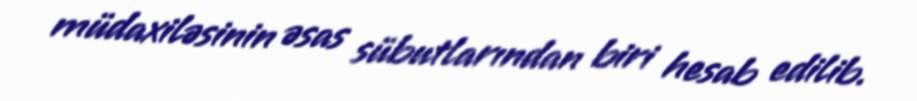
müdaxiləsinin əsas sübutlarından biri hesab edilib.